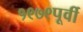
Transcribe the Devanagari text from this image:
१९७९पूर्वी